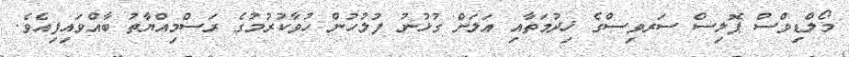
މޯލްޑިވްސް ޕޮލިސް ސަރވިސްގެ ޚިދުމަތާއި އަލަށް ގުޅުނު ފުލުހުން ހުވާކުރުމުގެ ރަސްމިއްޔާތު ބާއްވައިފިއެވެ.